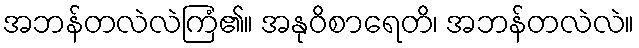
အဘန်တလဲလဲကြံ၏။ အနုဝိစာရေတိ၊ အဘန်တလဲလဲ။